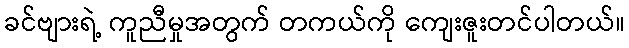
ခင်ဗျားရဲ့ ကူညီမှုအတွက် တကယ်ကို ကျေးဇူးတင်ပါတယ်။